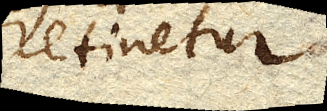
retinetur.